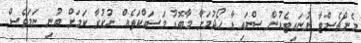
މެންޗެސްޓާ ޔުނައިޓެޑުން ސްނައިޑާ ހޯދުމަށް މާބޮޑު މަސައްކަތެއް ނުކުރާ ކަމަށް ބުނި ނަމަވެސް